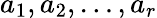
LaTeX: a_{1},a_{2},\ldots,a_{r}